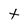
Character: t